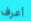
أعرف